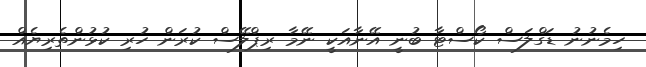
ހިމެނުނު ޑަގްލަސް ކޯސްޓާ ބުނީ އޭނާއަކީ ނޭމާ ރިޕްލޭސް ކުރަން ހުރި ކުޅުންތެރިޔެއް